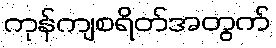
ကုန်ကျစရိတ်အတွက်